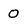
Character: 0